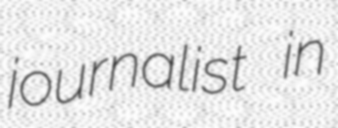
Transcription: journalist in